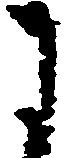
に